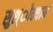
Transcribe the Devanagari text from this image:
सुश्ोक्याय